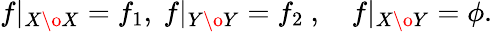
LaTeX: f|_{X\o X}=f_{1},\ f|_{Y\o Y}=f_{2}\ ,\quad f|_{X\o Y}=\phi.